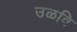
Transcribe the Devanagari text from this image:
उळवि